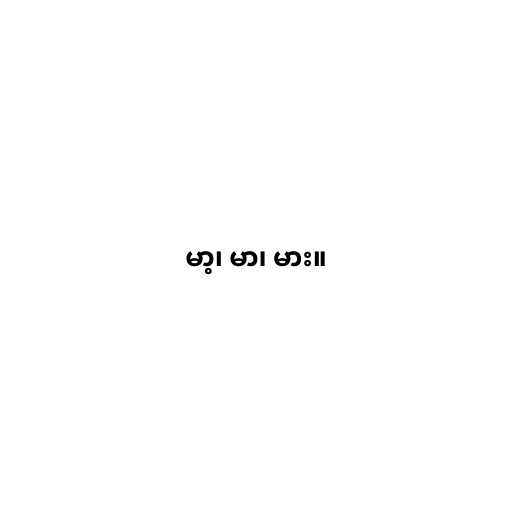
မာ့၊ မာ၊ မား။